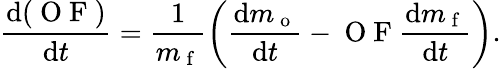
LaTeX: \frac{\mathrm{d}(\mathrm{~O~F~})}{\mathrm{d}t}=\frac{1}{m_{\mathrm{~f~}}}\bigg(\frac{\mathrm{d}m_{\mathrm{~o~}}}{\mathrm{d}t}-\mathrm{~O~F~}\frac{\mathrm{d}m_{\mathrm{~f~}}}{\mathrm{d}t}\bigg).